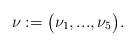
LaTeX: \begin{align*}\nu:=\big(\nu_1,...,\nu_5\big). \end{align*}